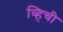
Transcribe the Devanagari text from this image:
व्हिची